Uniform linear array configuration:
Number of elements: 24
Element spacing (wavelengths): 1
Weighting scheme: hamming
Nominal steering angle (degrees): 0
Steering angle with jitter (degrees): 0.6955
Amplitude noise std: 0.05
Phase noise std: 0.05

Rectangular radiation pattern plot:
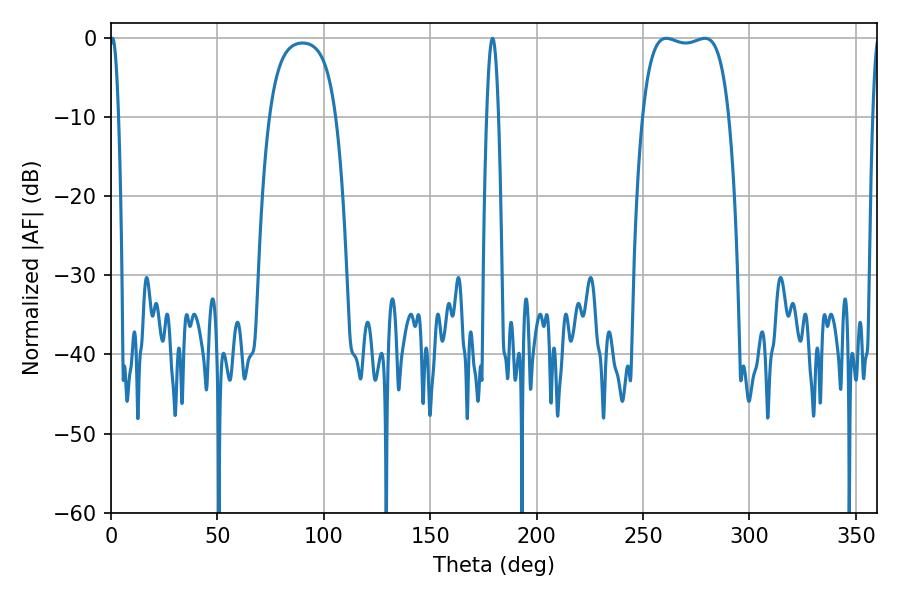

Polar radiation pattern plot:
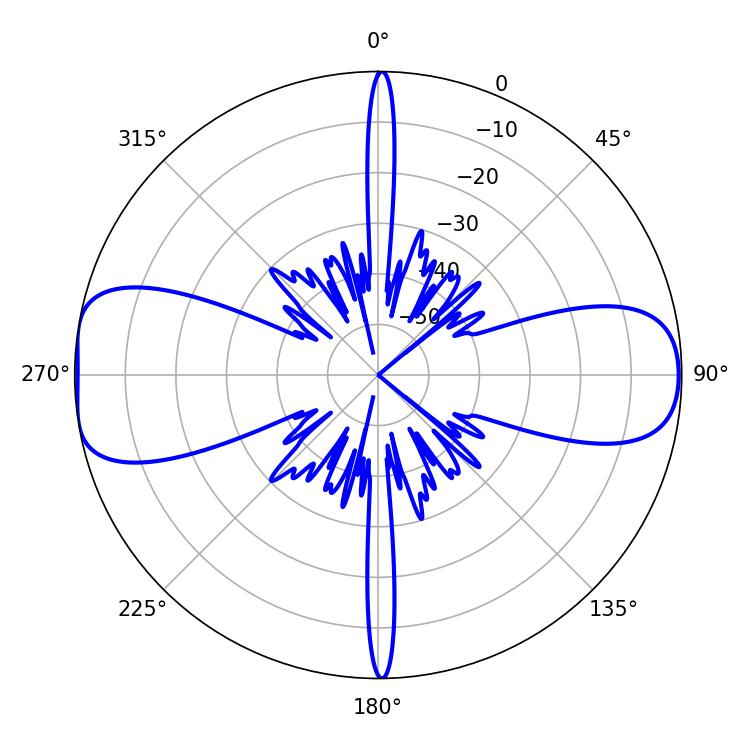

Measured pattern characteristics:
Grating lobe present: TRUE
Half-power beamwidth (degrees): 2.16
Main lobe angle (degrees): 0.72